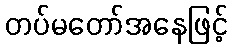
တပ်မတော်အနေဖြင့်